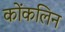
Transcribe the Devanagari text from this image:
कोंकलिन